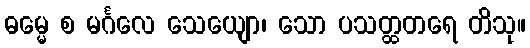
ဓမ္မေ စ မင်္ဂလေ သေယျော၊ သော ပသတ္ထတရေ တိသု။